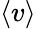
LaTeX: \langle v\rangle